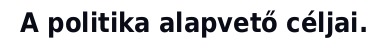
A politika alapvető céljai.